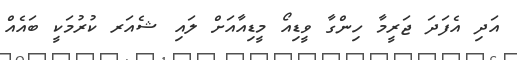
އަދި އެފަދަ ޖަރީމާ ހިންގާ ވީޑިއޯ މީޑިއާއަށް ލައި ޝެއަރ ކުރުމަކީ ބައެއް